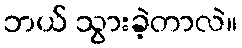
ဘယ် သွားခဲ့တာလဲ။